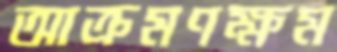
আক্রমণক্ষম